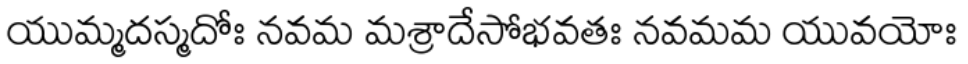
యుమ్మదస్మదోః నవమ మశ్రాదేసోభవతః నవమమ యువయోః